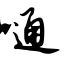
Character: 嗵